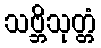
သဗ္ဘိသုတ္တံ